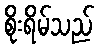
စိုးရိမ်သည်